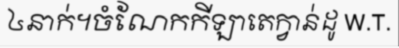
៤នាក់។ចំណែកកីឡាតេក្វាន់ដូ W.T.